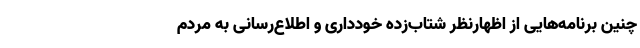
چنین برنامه‌هایی از اظهارنظر شتاب‌زده خودداری و اطلاع‌رسانی به مردم